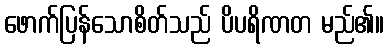
ဖောက်ပြန်သောစိတ်သည် ပိပရိဏတ မည်၏။